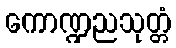
ကောဏ္ဍညသုတ္တံ